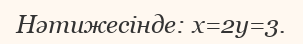
Нәтижесінде: х=2y=3.